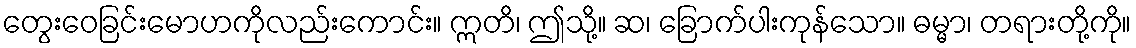
တွေးဝေခြင်းမောဟကိုလည်းကောင်း။ ဣတိ၊ ဤသို့။ ဆ၊ ခြောက်ပါးကုန်သော။ ဓမ္မာ၊ တရားတို့ကို။